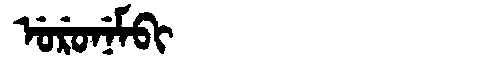
Manchu: ᡠᡵᡠᠨᡝᠮᠪᡳ
Romanization: URUNEMBI